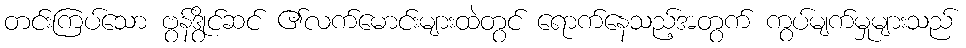
တင်းကြပ်သော ဗွန်ဒွိုင်ဆင် ၏လက်မောင်းများထဲတွင် ရောက်နေသည့်အတွက် ကွပ်မျက်မှုများသည်